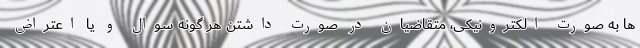
ها به صورت الکترونیکی، متقاضیان در صورت داشتن هر گونه سوال و یا اعتراض